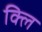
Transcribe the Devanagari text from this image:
क्लि